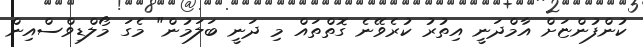
ކުންފުންޏަށް އާމްދަނީ އިތުރު ކުރެވޭނެ ގޮތްތައް މި ދަނީ ބަލަމުން" މެގަ މޯލްޑިވްސްއިން